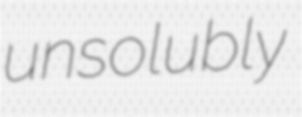
unsolubly